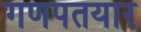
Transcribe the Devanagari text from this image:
गणपतयार